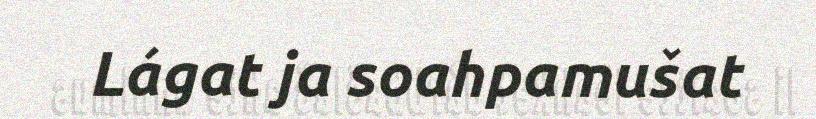
Lágat ja soahpamušat